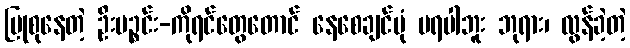
ပြုစုနေတဲ့ ဦးပဉ္စင်း-ကိုရင်တွေတောင် နေစေချင်ပုံ မရပါဘူး ဘုရား၊ လွန်ခဲ့တဲ့